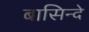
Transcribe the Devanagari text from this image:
बासिन्दे